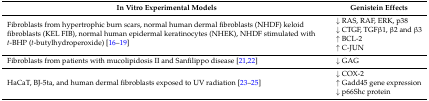
<table><thead><tr><td><b>In Vitro Experimental Models</b></td><td><b>Genistein Effects</b></td></tr></thead><tbody><tr><td rowspan="4">Fibroblasts from hypertrophic burn scars, normal human dermal fibroblasts (NHDF) keloid fibroblasts (KEL FIB), normal human epidermal keratinocytes (NHEK), NHDF stimulated with <i>t</i>-BHP (<i>t</i>-butylhydroperoxide) [16,17,18,19]</td><td>↓ RAS, RAF, ERK, p38</td></tr><tr><td>↓ CTGF, TGFβ1, β2 and β3</td></tr><tr><td>↑ BCL-2</td></tr><tr><td>↑ C-JUN</td></tr><tr><td>Fibroblasts from patients with mucolipidosis II and Sanfilippo disease [21,22]</td><td>↓ GAG</td></tr><tr><td rowspan="3">HaCaT, BJ-5ta, and human dermal fibroblasts exposed to UV radiation [23,24,25]</td><td>↓ COX-2</td></tr><tr><td>↑ Gadd45 gene expression</td></tr><tr><td>↓ p66Shc protein</td></tr></tbody></table>